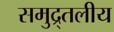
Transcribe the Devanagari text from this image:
समुद्र्तलीय